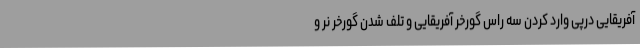
آفریقایی درپی وارد کردن سه راس گورخر آفریقایی و تلف شدن گورخر نر و